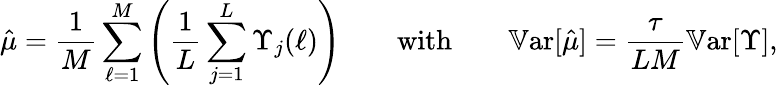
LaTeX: \hat{\mu}=\frac{1}{M}\sum_{\ell=1}^{M}\left(\frac{1}{L}\sum_{j=1}^{L}\Upsilon_{j}(\ell)\right)\qquad\mathrm{with}\qquad\mathbb{V}\mathrm{ar}[\hat{\mu}]=\frac{\tau}{LM}\mathbb{V}\mathrm{ar}[\Upsilon],